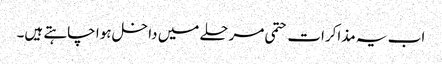
اب یہ مذاکرات حتمی مرحلے میں داخل ہوا چاہتے ہیں۔